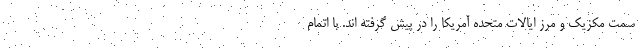
سمت مکزیک و مرز ایالات متحده آمریکا را در پیش گرفته اند. با اتمام